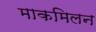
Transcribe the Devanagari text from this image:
माकमिलन